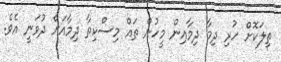
ތިލަކޮށް ހުރި ދިމާ ދިމާއިން މީހުން ތައް މިސްކިތާ ދިމާއަށް ދުވަނީ އެވެ.